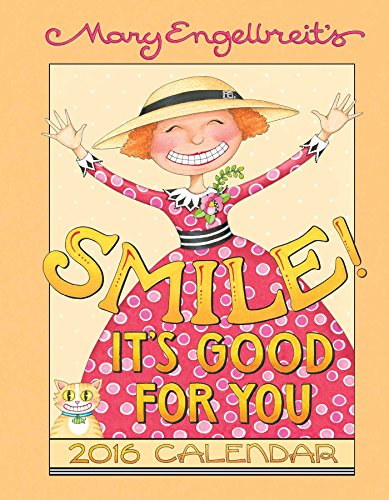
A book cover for Mary Engelbreit 2016 Weekly Planner Calendar: Smile! It's Good For  You; Mary Engelbreit; Calendars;